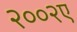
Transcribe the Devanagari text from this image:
२००२ए